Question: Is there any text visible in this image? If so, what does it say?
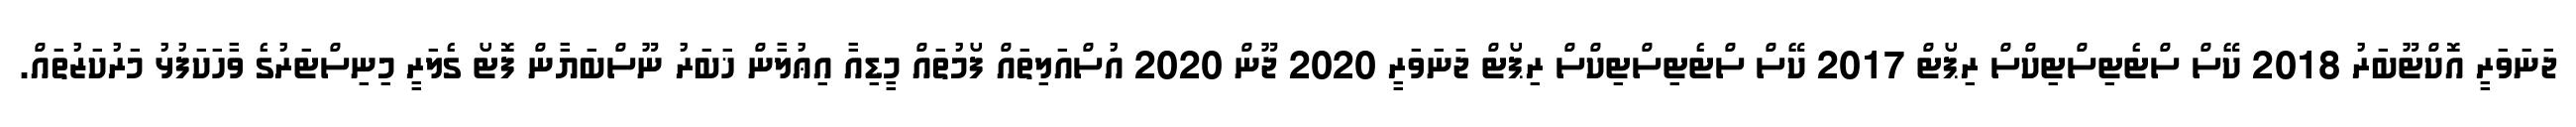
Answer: ޖަނަވަރީ އޮކްޓޫބަރު 2018 ކޭސް ސްޓެޓިސްޓިކްސް ރިޕޯޓް 2017 ކޭސް ސްޓެޓިސްޓިކްސް ރިޕޯޓް ޖަނަވަރީ 2020 ޖޫން 2020 އުސްއަލިތައް ފޯމުތައް މީޑިއާ އިޢުލާން ޚަބަރު ނޫސްބަޔާން ފޮޓޯ ގެލަރީ މިނިސްޓަރުގެ ވާހަކަފުޅު މަރުކަޒުތައް.